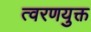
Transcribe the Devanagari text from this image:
त्वरणयुक्त